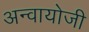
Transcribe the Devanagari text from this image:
अन्वायोजी